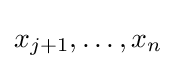
x_{j+1},\dots ,x_{n}